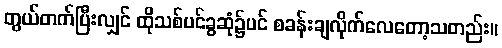
တွယ်တက်ပြီးလျှင် ထိုသစ်ပင်ခွဆုံ၌ပင် စခန်းချလိုက်လေတော့သတည်း။